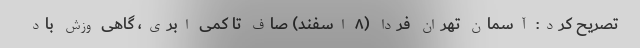
تصریح کرد: آسمان تهران فردا (۸ اسفند) صاف تا کمی ابری، گاهی وزش باد